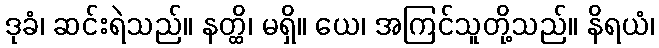
ဒုခံ၊ ဆင်းရဲသည်။ နတ္ထိ၊ မရှိ။ ယေ၊ အကြင်သူတို့သည်။ နိရယံ၊